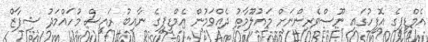
އެމްޑީޕީގެ އޮފީހުގައި ނޫސްވެރިންނަށް މައުލޫމާތު ދެއްވަމުން އެމްޑީޕީގެ ނާއިބު ރައީސް މުހައްމަދު ޝިފާޒް